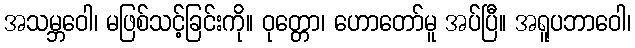
အသမ္ဘဝေါ၊ မဖြစ်သင့်ခြင်းကို။ ဝုတ္တော၊ ဟောတော်မူ အပ်ပြီ။ အရူပဘာဝေါ၊